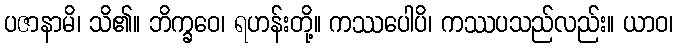
ပဇာနာမိ၊ သိ၏။ ဘိက္ခဝေ၊ ရဟန်းတို့။ ကဿပေါပိ၊ ကဿပသည်လည်း။ ယာဝ၊